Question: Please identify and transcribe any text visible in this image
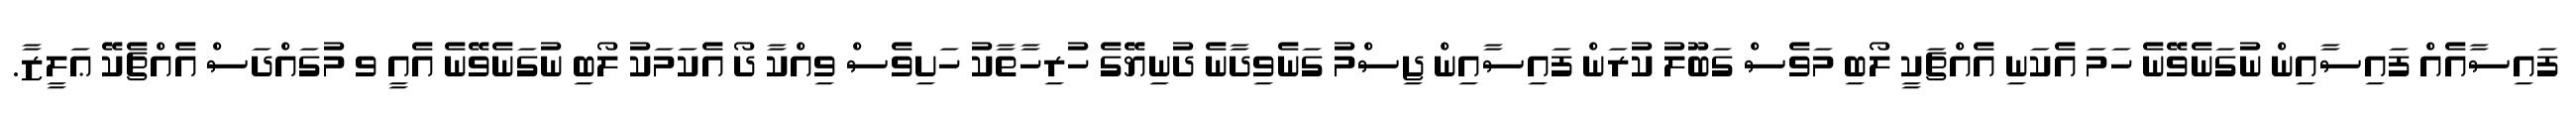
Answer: ފައިސާއެއް ފައިސާއިން ނުގަނެވޭނެ ހަމަ އެކަނި އެއްޗަކީ ލޯބި މަވެސް ގަބޫލު ކުރަން ފައިސާއިން ޖިސްމު ގަނެވިދާނެ ދުނިޔޭގެ ހުރިހާތާކު ހަށިވެސް ވިއްކާ ދޯ އެކަމަކު ލޯބި ނުގަނެވޭނެ އެއީ ވ މުގައްދަސް އެއްޗެކޭ ޢަލީޒާ.